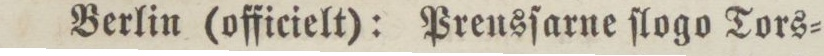
Berlin (officielt): Preusſarne ſlogo Tors=